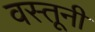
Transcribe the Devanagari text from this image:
वस्तूनी